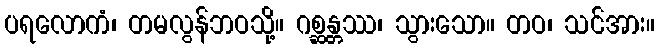
ပရလောကံ၊ တမလွန်ဘဝသို့။ ဂစ္ဆန္တဿ၊ သွားသော။ တဝ၊ သင်အား။